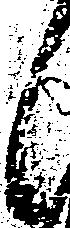
候